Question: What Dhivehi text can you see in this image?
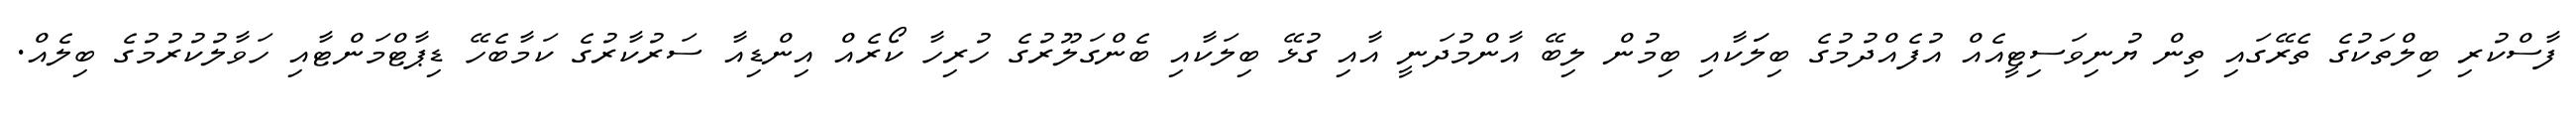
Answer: ފާސްކުރި ބިލްތަކުގެ ތެރޭގައި ތިން ޔުނިވަސިޓީއެއް އުފެއްދުމުގެ ބިލަަކާއި ބިމުން ލިބޭ އާންމުދަނީ އާއި ގުޅޭ ބިލަކާއި ބެންގަލޫރުގެ ހުރިހާ ކޯރެއް އިންޑިއާ ސަރުކާރުގެ ކަމާބެހޭ ޑިޕާޓްމަންޓާއި ހަވާލުކުރުމުގެ ބިލެއް.